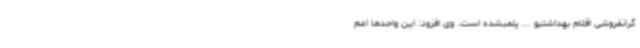
گرانفروشی اقلام بهداشتیو ... پلمبشده است. وی افزود: این واحدها اعم